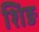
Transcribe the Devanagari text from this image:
शिङ